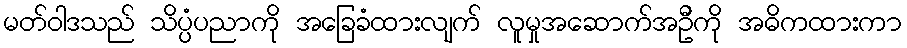
မတ်ဝါဒသည် သိပ္ပံပညာကို အခြေခံထားလျက် လူမှုအဆောက်အဦကို အဓိကထားကာ